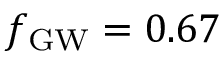
\ensuremath { f _ { \mathrm { G W } } } = 0 . 6 7